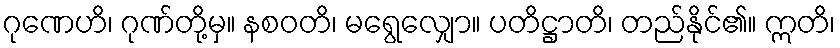
ဂုဏေဟိ၊ ဂုဏ်တို့မှ။ နစဝတိ၊ မရွေလျှော။ ပတိဋ္ဌာတိ၊ တည်နိုင်၏။ ဣတိ၊